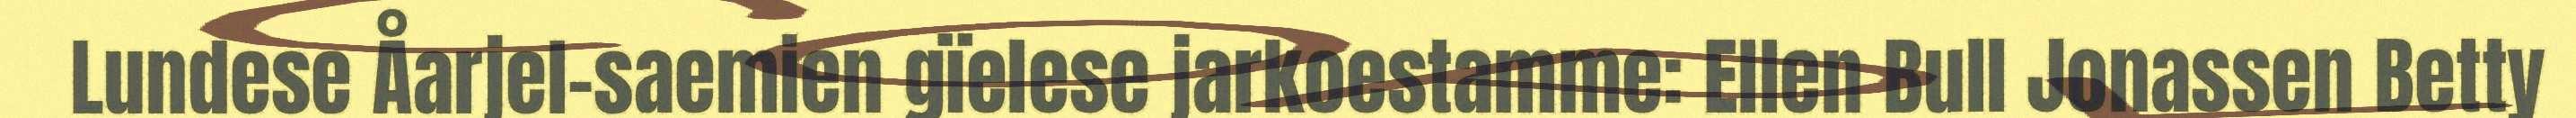
Lundese Åarjel-saemien gïelese jarkoestamme: Ellen Bull Jonassen Betty